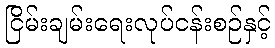
ငြိမ်းချမ်းရေးလုပ်ငန်းစဉ်နှင့်